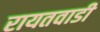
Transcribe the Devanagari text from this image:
रायतवाडी